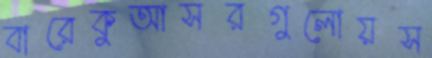
বারেকুআসরগুলোয়স